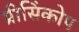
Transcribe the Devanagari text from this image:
प्रीसिंकोप